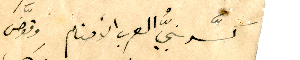
كسّر نبيُّ العرب الأصنام وقوَّض